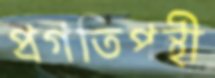
প্রগতিপন্থী